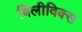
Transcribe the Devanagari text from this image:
बिलीविक्स